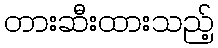
တားဆီးထားသည့်